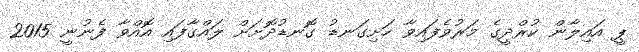
ޕީ އައިލާން ކުރްދީގެ މަރުވެފައިވާ ހަށިގަނޑު ގޮނޑުދޮށަށް ލައްގާފައި އޮއްވާ ފެނުނީ 2015